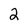
Character: 2